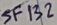
Text: SF132